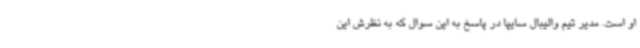
او است. مدیر تیم والیبال سایپا در پاسخ به این سوال که به نظرش این